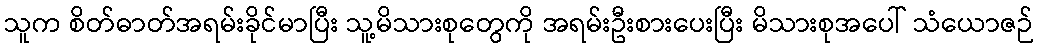
သူက စိတ်ဓာတ်အရမ်းခိုင်မာပြီး သူ့မိသားစုတွေကို အရမ်းဦးစားပေးပြီး မိသားစုအပေါ် သံယောဇဉ်